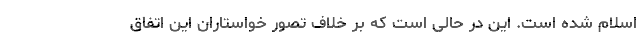
اسلام شده است. این در حالی است که بر خلاف تصور خواستاران این اتفاق